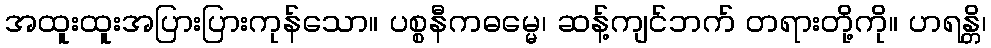
အထူးထူးအပြားပြားကုန်သော။ ပစ္စနီကဓမ္မေ၊ ဆန့်ကျင်ဘက် တရားတို့ကို။ ဟရန္တိ၊